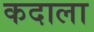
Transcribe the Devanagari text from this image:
कदाला